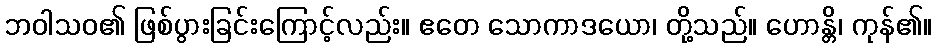
ဘဝါသဝ၏ ဖြစ်ပွားခြင်းကြောင့်လည်း။ ဧတေ သောကာဒယော၊ တို့သည်။ ဟောန္တိ၊ ကုန်၏။